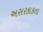
અસરકાકતા